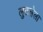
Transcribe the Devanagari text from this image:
लुटलेला